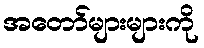
အတော်များများကို